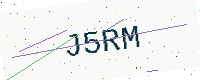
Text: J5RM